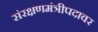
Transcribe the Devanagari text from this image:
संरक्षणमंत्रीपदावर